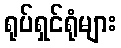
ရုပ်ရှင်ရုံများ